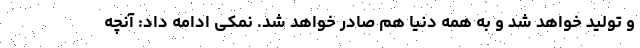
و تولید خواهد شد و به همه دنیا هم صادر خواهد شد. نمکی ادامه داد: آنچه